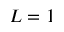
L = 1